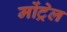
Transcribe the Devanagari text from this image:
मोंट्रेल